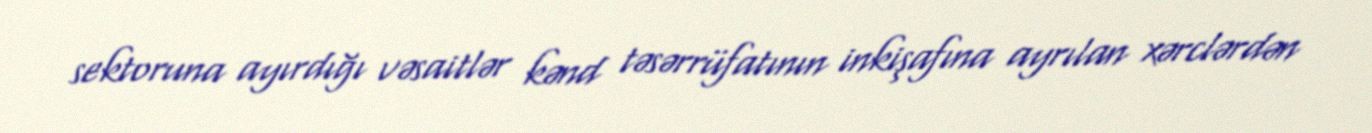
sektoruna ayırdığı vəsaitlər kənd təsərrüfatının inkişafına ayrılan xərclərdən